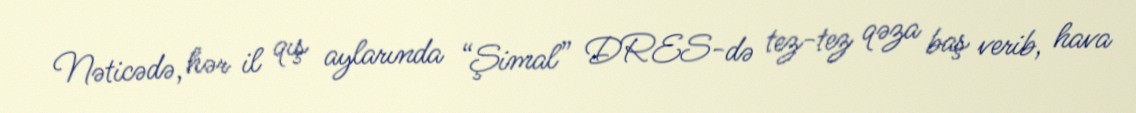
Nəticədə, hər il qış aylarında “Şimal” DRES-də tez-tez qəza baş verib, hava